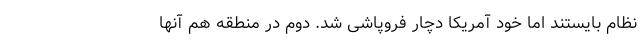
نظام بایستند اما خود آمریکا دچار فروپاشی شد. دوم در منطقه هم آنها